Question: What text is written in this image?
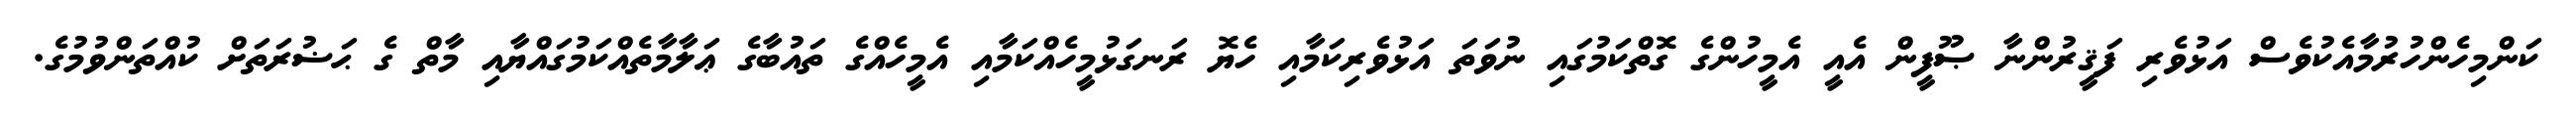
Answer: ކަންމިހެންހުރުމާއެކުވެސް އަޅުވެރި ފަޤީރުންނާ ޞޫފީން އެއީ އެމީހުންގެ ގޮތްކަމުގައި ނުވަތަ އަޅުވެރިކަމާއި ހެޔޮ ރަނގަޅުމީހެއްކަމާއި އެމީހެއްގެ ތައުބާގެ ޢަލާމާތެއްކަމުގައްޔާއި މާތް ގެ ޙަޟުރަތަށް ކުއްތަންވުމުގެ.